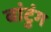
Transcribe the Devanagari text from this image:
बांटुंग